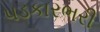
પડકારભરી